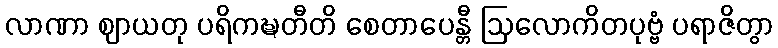
လာဏာ ဈာယတု ပရိကဍ္ဎတီတိ စေတာပေန္တီ ဩလောကိတပုဗ္ဗံ ပရာဇိတွာ